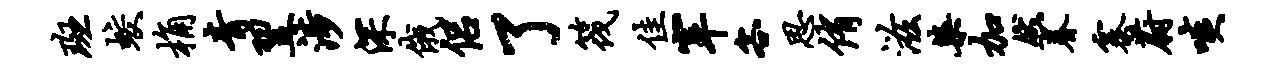
斑蛟桷青翌涉深俄侣了筏佳宰客思侑滋染加然眷寨蔚啖